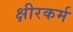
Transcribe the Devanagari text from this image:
क्षीरकर्म